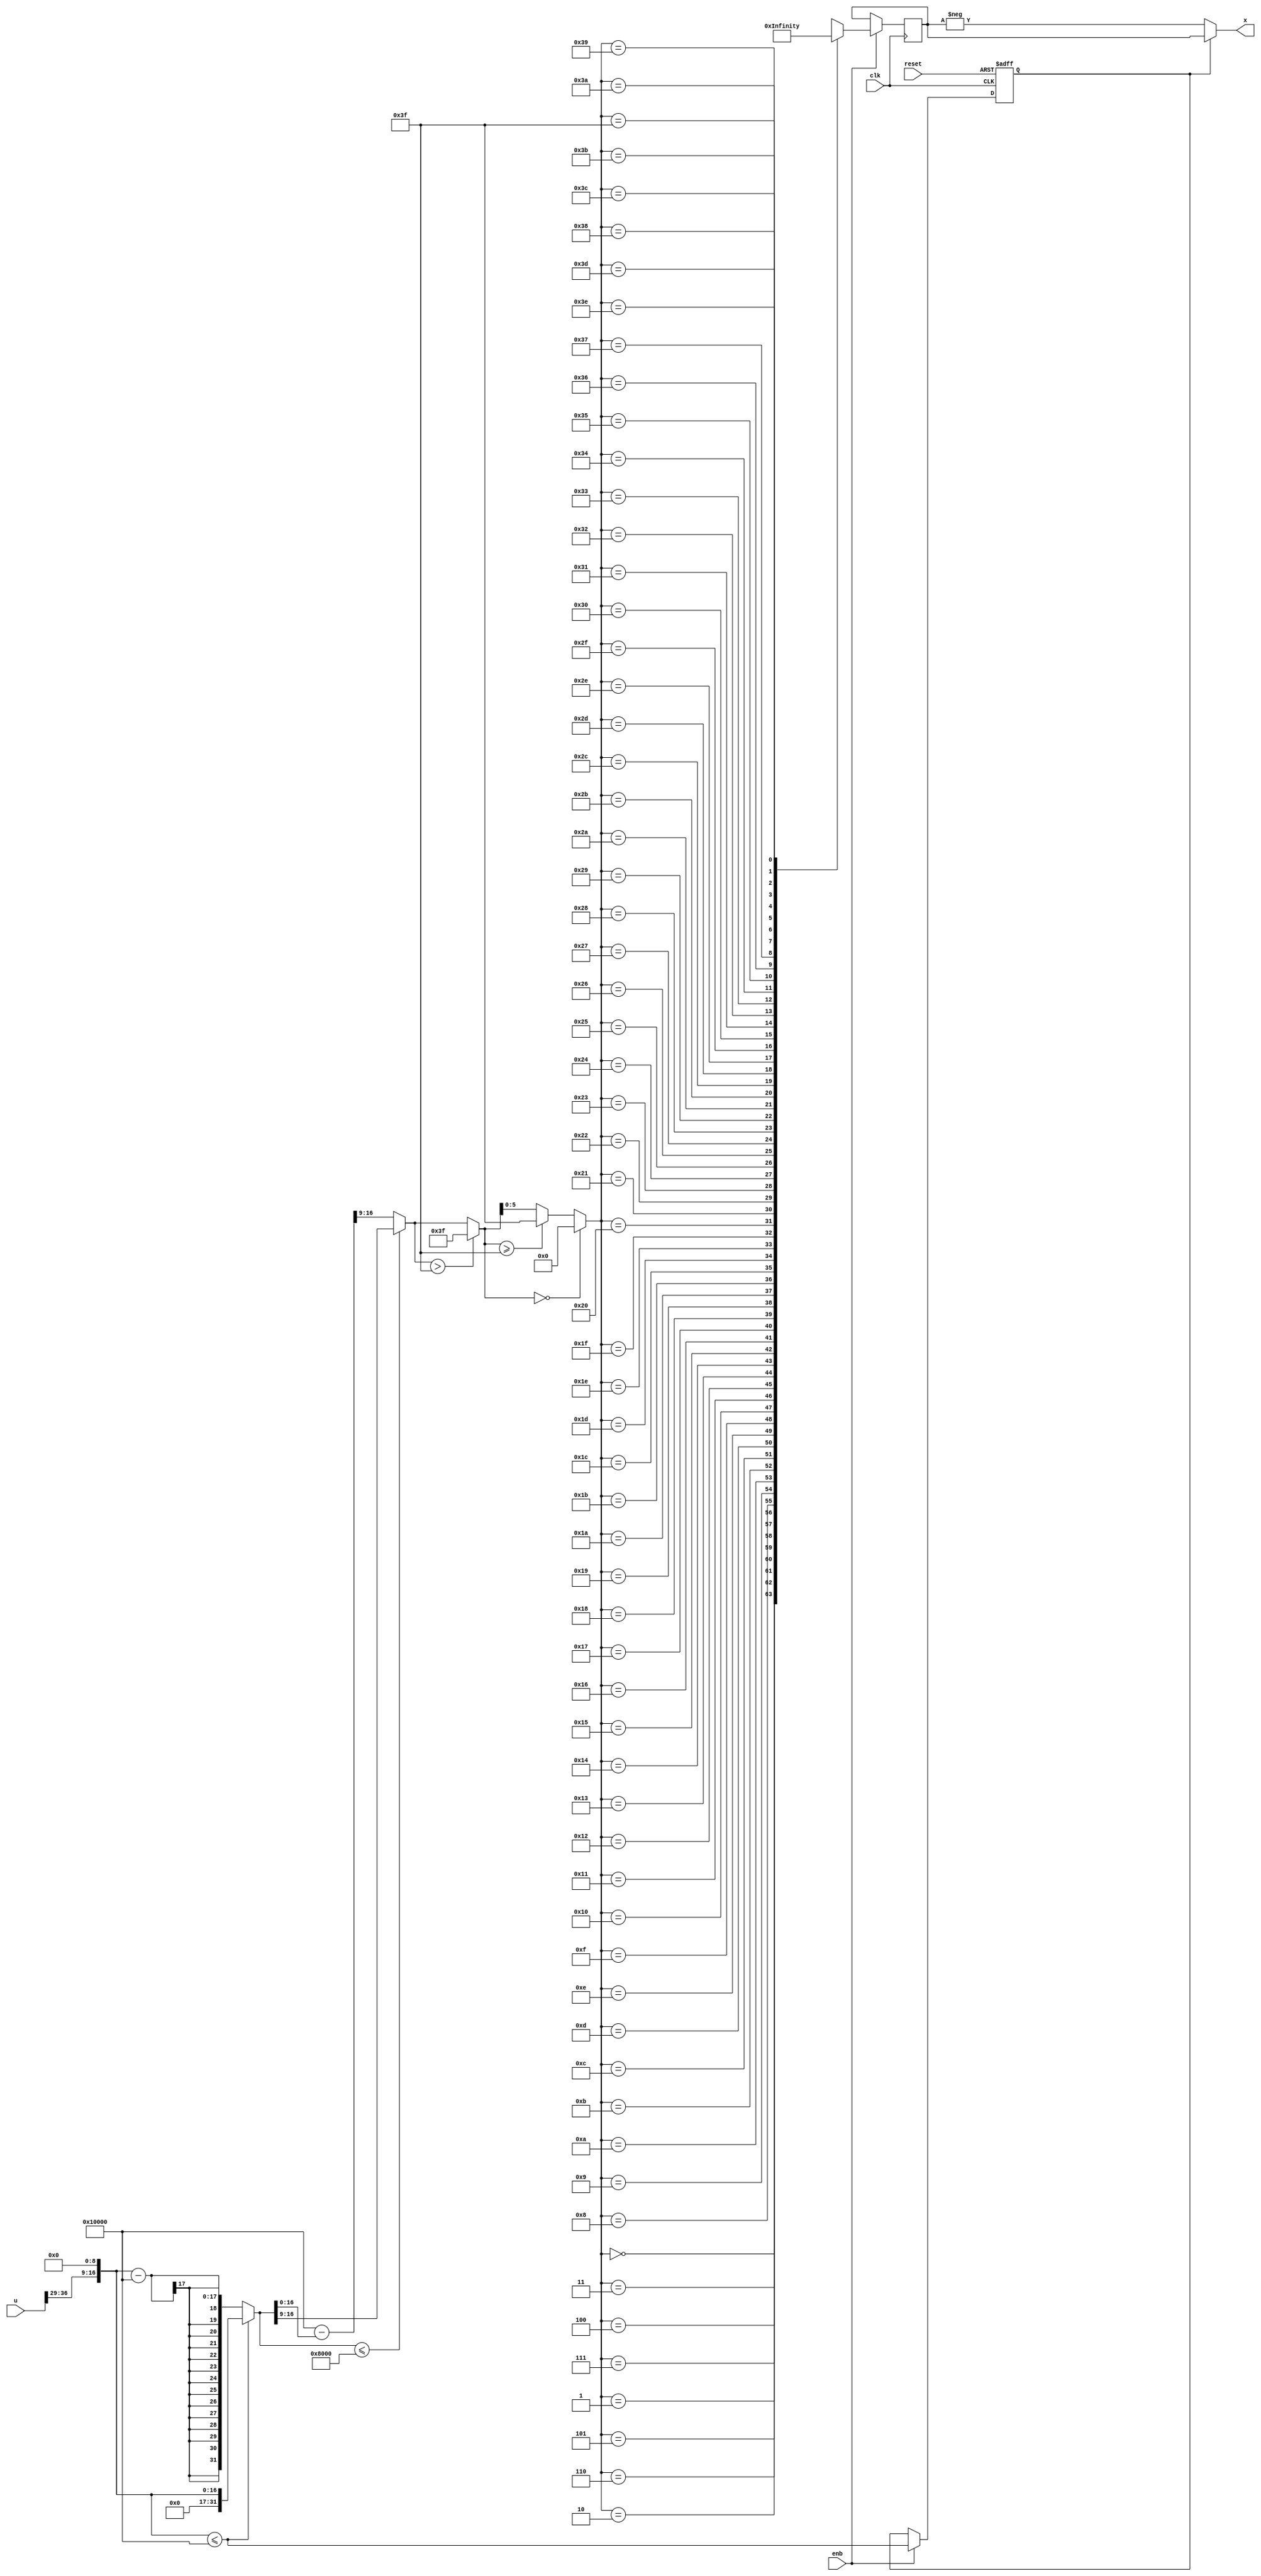
// -------------------------------------------------------------
// 
// 
// Generated by MATLAB 9.14 and HDL Coder 4.1
// 
// -------------------------------------------------------------


// -------------------------------------------------------------
// 
// Module: Sine_HDL_Optimized
// Source Path: Tx_OFDM/Transmitter/IQ Modulator/Sine HDL Optimized
// Hierarchy Level: 2
// 
// -------------------------------------------------------------

`timescale 1 ns / 1 ns

module Sine_HDL_Optimized
          (clk,
           reset,
           enb,
           u,
           x);


  input   clk;
  input   reset;
  input   enb;
  input   signed [63:0] u;  // sfix64_En37
  output  signed [16:0] x;  // sfix17_En15


  wire [7:0] insig_out1;  // ufix8_En8
  wire [16:0] Point50_out1;  // ufix17_En17
  wire [16:0] LTEp50_1_cast;  // ufix17_En17
  wire LTEp50_relop1;
  reg  RAMDelayBalance_out1;
  wire pow2switch_out1;
  wire signed [31:0] Amp50_sub_cast;  // sfix32_En17
  wire signed [31:0] Amp50_sub_cast_1;  // sfix32_En17
  wire signed [31:0] Amp50_sub_temp;  // sfix32_En17
  wire [31:0] Amp50_out1;  // ufix32_En17
  wire [31:0] insig_out1_dtc;  // ufix32_En17
  wire [31:0] QuadHandle1_out1;  // ufix32_En17
  wire [16:0] Point25_out1;  // ufix17_En17
  wire [31:0] LTEp25_1_cast;  // ufix32_En17
  wire LTEp25_relop1;
  wire [31:0] p50mA_sub_cast;  // ufix32_En17
  wire [31:0] p50mA_out1;  // ufix32_En17
  wire [7:0] p50mA_out1_dtc;  // ufix8_En8
  wire [7:0] QuadHandle1_out1_dtc;  // ufix8_En8
  wire [7:0] QuadHandle2_out1;  // ufix8_En8
  wire [7:0] CastU16En2_out1;  // uint8
  wire [8:0] CastU16En4_out1;  // ufix9
  wire [7:0] CastU16En3_out1;  // uint8
  wire [7:0] Saturation_out1;  // uint8
  wire [7:0] Switch_out1;  // uint8
  wire [5:0] Look_Up_Table_k;  // ufix6
  wire signed [16:0] Look_Up_Table_1 [0:63];  // sfix17_En15 [64]
  wire signed [16:0] Look_Up_Table_out1;  // sfix17_En15
  reg signed [16:0] Look_Up_Table_out1_1;  // sfix17_En15
  wire signed [17:0] Negate_cast;  // sfix18_En15
  wire signed [17:0] Negate_cast_1;  // sfix18_En15
  wire signed [16:0] Negate_out1;  // sfix17_En15
  wire signed [16:0] Sine;  // sfix17_En15
  wire signed [16:0] Sine_1;  // sfix17_En15

  initial begin
    Look_Up_Table_out1_1 = 17'sb00000000000000000;
  end
  // (C) 2016 Mathworks, Inc


  assign insig_out1 = u[36:29];



  assign Point50_out1 = 17'b10000000000000000;



  assign LTEp50_1_cast = {insig_out1, 9'b000000000};
  assign LTEp50_relop1 = LTEp50_1_cast <= Point50_out1;



  always @(posedge clk or posedge reset)
    begin : delayMatch_process
      if (reset == 1'b1) begin
        RAMDelayBalance_out1 <= 1'b0;
      end
      else begin
        if (enb) begin
          RAMDelayBalance_out1 <= LTEp50_relop1;
        end
      end
    end



  assign pow2switch_out1 = 1'b1;



  assign Amp50_sub_cast = {15'b0, {insig_out1, 9'b000000000}};
  assign Amp50_sub_cast_1 = {15'b0, Point50_out1};
  assign Amp50_sub_temp = Amp50_sub_cast - Amp50_sub_cast_1;
  assign Amp50_out1 = Amp50_sub_temp;



  assign insig_out1_dtc = {15'b0, {insig_out1, 9'b000000000}};



  assign QuadHandle1_out1 = (LTEp50_relop1 == 1'b0 ? Amp50_out1 :
              insig_out1_dtc);



  assign Point25_out1 = 17'b01000000000000000;



  assign LTEp25_1_cast = {15'b0, Point25_out1};
  assign LTEp25_relop1 = QuadHandle1_out1 <= LTEp25_1_cast;



  assign p50mA_sub_cast = {15'b0, Point50_out1};
  assign p50mA_out1 = p50mA_sub_cast - QuadHandle1_out1;



  assign p50mA_out1_dtc = p50mA_out1[16:9];



  assign QuadHandle1_out1_dtc = QuadHandle1_out1[16:9];



  assign QuadHandle2_out1 = (LTEp25_relop1 == 1'b0 ? p50mA_out1_dtc :
              QuadHandle1_out1_dtc);



  assign CastU16En2_out1 = QuadHandle2_out1;



  assign CastU16En4_out1 = {1'b0, CastU16En2_out1};



  assign CastU16En3_out1 = (CastU16En4_out1[8] != 1'b0 ? 8'b11111111 :
              CastU16En4_out1[7:0]);



  // saturation block maybe optimized away
  // if the NumDataPoints is a power of 2
  assign Saturation_out1 = (CastU16En3_out1 > 8'b00111111 ? 8'b00111111 :
              CastU16En3_out1);



  assign Switch_out1 = (pow2switch_out1 == 1'b0 ? CastU16En3_out1 :
              Saturation_out1);



  assign Look_Up_Table_1[0] = 17'sb00000000000000000;
  assign Look_Up_Table_1[1] = 17'sb00000001100100100;
  assign Look_Up_Table_1[2] = 17'sb00000011001001000;
  assign Look_Up_Table_1[3] = 17'sb00000100101101011;
  assign Look_Up_Table_1[4] = 17'sb00000110010001100;
  assign Look_Up_Table_1[5] = 17'sb00000111110101011;
  assign Look_Up_Table_1[6] = 17'sb00001001011001000;
  assign Look_Up_Table_1[7] = 17'sb00001010111100010;
  assign Look_Up_Table_1[8] = 17'sb00001100011111001;
  assign Look_Up_Table_1[9] = 17'sb00001110000001100;
  assign Look_Up_Table_1[10] = 17'sb00001111100011010;
  assign Look_Up_Table_1[11] = 17'sb00010001000100100;
  assign Look_Up_Table_1[12] = 17'sb00010010100101000;
  assign Look_Up_Table_1[13] = 17'sb00010100000100111;
  assign Look_Up_Table_1[14] = 17'sb00010101100011111;
  assign Look_Up_Table_1[15] = 17'sb00010111000010001;
  assign Look_Up_Table_1[16] = 17'sb00011000011111100;
  assign Look_Up_Table_1[17] = 17'sb00011001111011111;
  assign Look_Up_Table_1[18] = 17'sb00011011010111010;
  assign Look_Up_Table_1[19] = 17'sb00011100110001101;
  assign Look_Up_Table_1[20] = 17'sb00011110001010111;
  assign Look_Up_Table_1[21] = 17'sb00011111100010111;
  assign Look_Up_Table_1[22] = 17'sb00100000111001110;
  assign Look_Up_Table_1[23] = 17'sb00100010001111011;
  assign Look_Up_Table_1[24] = 17'sb00100011100011101;
  assign Look_Up_Table_1[25] = 17'sb00100100110110100;
  assign Look_Up_Table_1[26] = 17'sb00100110001000000;
  assign Look_Up_Table_1[27] = 17'sb00100111011000000;
  assign Look_Up_Table_1[28] = 17'sb00101000100110100;
  assign Look_Up_Table_1[29] = 17'sb00101001110011011;
  assign Look_Up_Table_1[30] = 17'sb00101010111110110;
  assign Look_Up_Table_1[31] = 17'sb00101100001000011;
  assign Look_Up_Table_1[32] = 17'sb00101101010000010;
  assign Look_Up_Table_1[33] = 17'sb00101110010110100;
  assign Look_Up_Table_1[34] = 17'sb00101111011010111;
  assign Look_Up_Table_1[35] = 17'sb00110000011101100;
  assign Look_Up_Table_1[36] = 17'sb00110001011110010;
  assign Look_Up_Table_1[37] = 17'sb00110010011101001;
  assign Look_Up_Table_1[38] = 17'sb00110011011010000;
  assign Look_Up_Table_1[39] = 17'sb00110100010100111;
  assign Look_Up_Table_1[40] = 17'sb00110101001101110;
  assign Look_Up_Table_1[41] = 17'sb00110110000100100;
  assign Look_Up_Table_1[42] = 17'sb00110110111001010;
  assign Look_Up_Table_1[43] = 17'sb00110111101011111;
  assign Look_Up_Table_1[44] = 17'sb00111000011100011;
  assign Look_Up_Table_1[45] = 17'sb00111001001010101;
  assign Look_Up_Table_1[46] = 17'sb00111001110110110;
  assign Look_Up_Table_1[47] = 17'sb00111010100000101;
  assign Look_Up_Table_1[48] = 17'sb00111011001000010;
  assign Look_Up_Table_1[49] = 17'sb00111011101101100;
  assign Look_Up_Table_1[50] = 17'sb00111100010000101;
  assign Look_Up_Table_1[51] = 17'sb00111100110001010;
  assign Look_Up_Table_1[52] = 17'sb00111101001111101;
  assign Look_Up_Table_1[53] = 17'sb00111101101011101;
  assign Look_Up_Table_1[54] = 17'sb00111110000101010;
  assign Look_Up_Table_1[55] = 17'sb00111110011100100;
  assign Look_Up_Table_1[56] = 17'sb00111110110001010;
  assign Look_Up_Table_1[57] = 17'sb00111111000011110;
  assign Look_Up_Table_1[58] = 17'sb00111111010011101;
  assign Look_Up_Table_1[59] = 17'sb00111111100001010;
  assign Look_Up_Table_1[60] = 17'sb00111111101100010;
  assign Look_Up_Table_1[61] = 17'sb00111111110100111;
  assign Look_Up_Table_1[62] = 17'sb00111111111011001;
  assign Look_Up_Table_1[63] = 17'sb00111111111110110;
  assign Look_Up_Table_k = (Switch_out1 == 8'b00000000 ? 6'b000000 :
              (Switch_out1 >= 8'b00111111 ? 6'b111111 :
              Switch_out1[5:0]));
  assign Look_Up_Table_out1 = Look_Up_Table_1[Look_Up_Table_k];



  always @(posedge clk)
    begin : PipelineRegister_process
      if (enb) begin
        Look_Up_Table_out1_1 <= Look_Up_Table_out1;
      end
    end



  assign Negate_cast = {Look_Up_Table_out1_1[16], Look_Up_Table_out1_1};
  assign Negate_cast_1 =  - (Negate_cast);
  assign Negate_out1 = Negate_cast_1[16:0];



  assign Sine = (RAMDelayBalance_out1 == 1'b0 ? Negate_out1 :
              Look_Up_Table_out1_1);



  assign Sine_1 = Sine;

  assign x = Sine_1;

endmodule  // Sine_HDL_Optimized